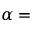
\alpha =